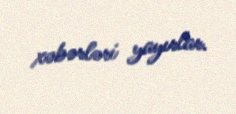
xəbərləri yayırlar.